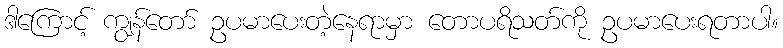
ဒါကြောင့် ကျွန်တော် ဥပမာပေးတဲ့နေရာမှာ တောပရိသတ်ကို ဥပမာပေးရတာပါ။